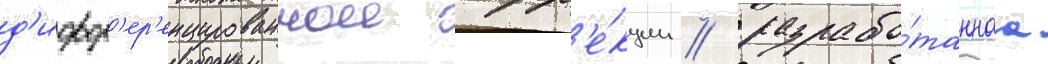
д'ифф'ер'енцированнои корр'е́кции / разрабо́таннаа